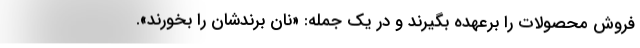
فروش محصولات را برعهده بگیرند و در یک جمله: «نان برندشان را بخورند».